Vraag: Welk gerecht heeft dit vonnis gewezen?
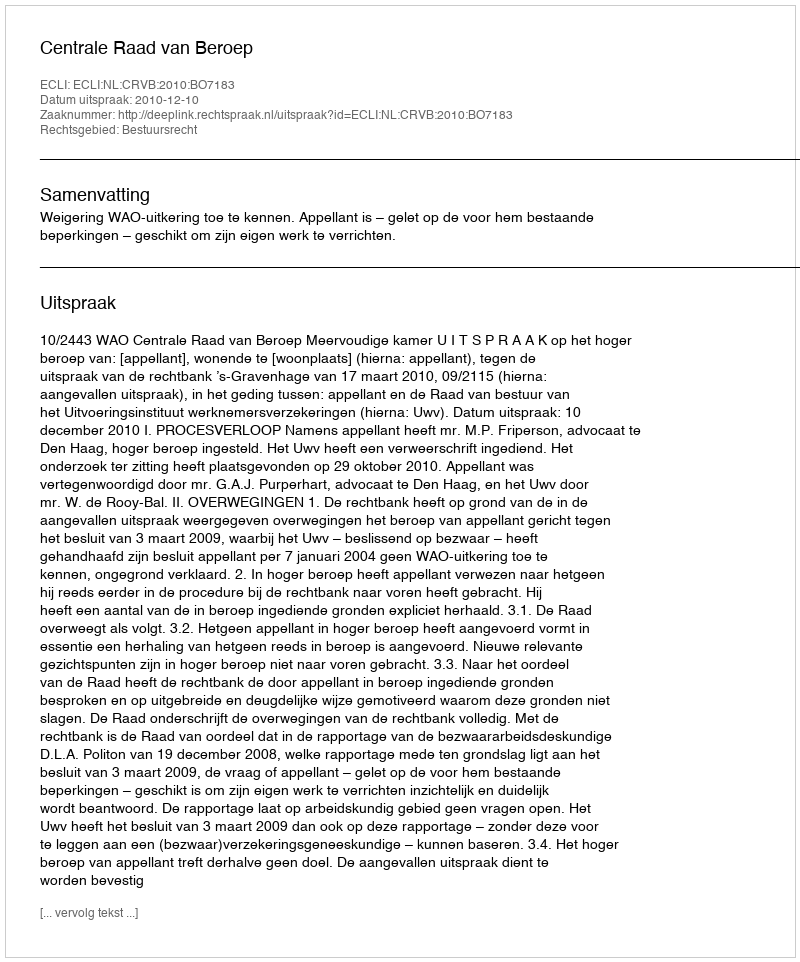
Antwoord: Centrale Raad van Beroep